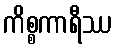
ကိစ္စကာရီဿ